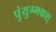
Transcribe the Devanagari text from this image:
पुंयुग्मकश्